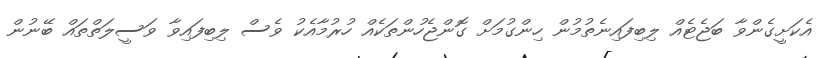
އެކަށީގެންވާ ބަޖެޓެއް ލިބިފައިނެތުމުން ހިންގުމަށް ގޮންޖެހުންތަކެއް ހުރުމާއެކު ވެސް ލިބިފައިވާ ވަސީލަތްތައް ބޭނުން